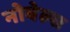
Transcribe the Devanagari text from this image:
नोबेल्स